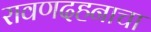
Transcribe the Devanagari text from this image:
रावणदहनाचा